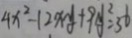
4 x ^ { 2 } - 1 2 x y + 9 y ^ { 2 } = 3 6